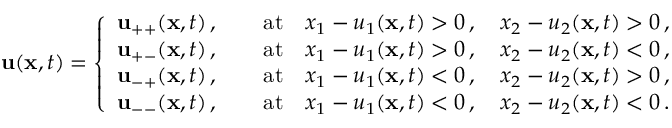
{ \mathbf { u } } ( { \mathbf { x } } , t ) = \left\{ \begin{array} { c } { { \mathbf { u } } _ { + + } ( { \mathbf { x } } , t ) \, , \qquad \mathrm { a t } \quad x _ { 1 } - u _ { 1 } ( { \mathbf { x } } , t ) > 0 \, , \quad x _ { 2 } - u _ { 2 } ( { \mathbf { x } } , t ) > 0 \, , } \\ { { \mathbf { u } } _ { + - } ( { \mathbf { x } } , t ) \, , \qquad \mathrm { a t } \quad x _ { 1 } - u _ { 1 } ( { \mathbf { x } } , t ) > 0 \, , \quad x _ { 2 } - u _ { 2 } ( { \mathbf { x } } , t ) < 0 \, , } \\ { { \mathbf { u } } _ { - + } ( { \mathbf { x } } , t ) \, , \qquad \mathrm { a t } \quad x _ { 1 } - u _ { 1 } ( { \mathbf { x } } , t ) < 0 \, , \quad x _ { 2 } - u _ { 2 } ( { \mathbf { x } } , t ) > 0 \, , } \\ { { \mathbf { u } } _ { -- } ( { \mathbf { x } } , t ) \, , \qquad \mathrm { a t } \quad x _ { 1 } - u _ { 1 } ( { \mathbf { x } } , t ) < 0 \, , \quad x _ { 2 } - u _ { 2 } ( { \mathbf { x } } , t ) < 0 \, . } \end{array} \right.